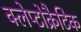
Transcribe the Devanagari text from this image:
क्लेप्टोक्रैटिक